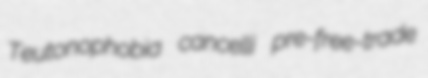
Teutonophobia cancelli pre-free-trade